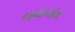
નયનાર